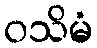
ဝသိမံ